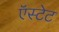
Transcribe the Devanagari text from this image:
ऍस्टेट